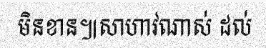
មិនខាន៕សាហាវណាស់ ដល់